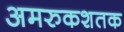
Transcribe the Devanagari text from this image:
अमरुकशतक